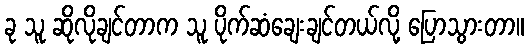
ခု သူ ဆိုလိုချင်တာက သူ ပိုက်ဆံချေးချင်တယ်လို့ ပြောသွားတာ။